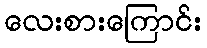
လေးစားကြောင်း